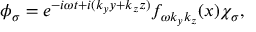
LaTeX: \phi _ { \sigma } = e ^ { - i \omega t + i ( k _ { y } y + k _ { z } z ) } f _ { \omega k _ { y } k _ { z } } ( x ) \chi _ { \sigma } ,